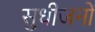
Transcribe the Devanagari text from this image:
सुधीजनों